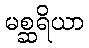
မစ္ဆရိယာ